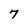
Character: 7